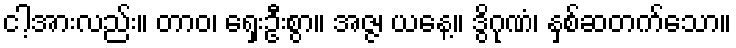
ငါ့အားလည်း။ တာဝ၊ ရှေးဦးစွာ။ အဇ္ဇ၊ ယနေ့။ ဒွိဂုဏံ၊ နှစ်ဆတက်သော။